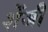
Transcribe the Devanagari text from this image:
शेंजी